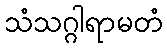
သံသဂ္ဂါရာမတံ